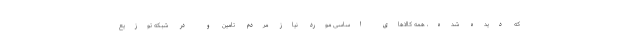
که دیده شده، همه کالاهای اساسی مورد نیاز مردم تامین و در شبکه توزیع